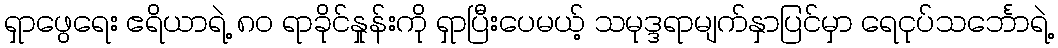
ရှာဖွေရေး ဧရိယာရဲ့ ၈၀ ရာခိုင်နှုန်းကို ရှာပြီးပေမယ့် သမုဒ္ဒရာမျက်နှာပြင်မှာ ရေငုပ်သင်္ဘောရဲ့